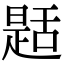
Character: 𦧪